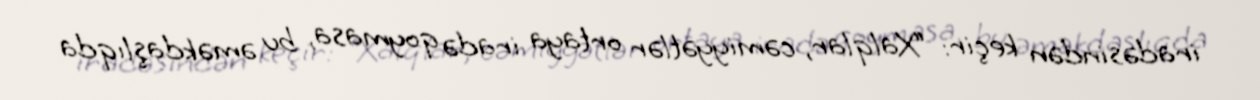
iradəsindən keçir: “Xalqlar, cəmiyyətlər ortaya iradə qoymasa, bu əməkdaşlıqda